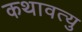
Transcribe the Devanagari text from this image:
कथावत्यु